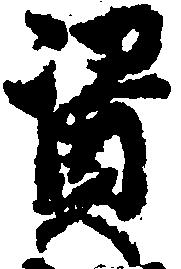
資